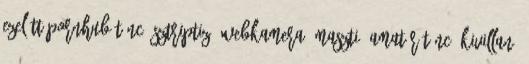
ezelőtt PornHub tánc, sztriptiz, webkamera, maszti, amatőr tánc, kivillanó